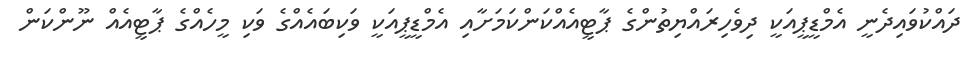
ދައްކުވައިދެނީ އެމްޑީޕީއަކީ ދިވެހިރައްޔިތުންގެ ޕާޓީއެއްކަންކަމަށާއި އެމްޑީޕީއަކީ ވަކިބައެއްގެ ވަކި މީހެއްގެ ޕާޓީއެއް ނޫންކަން